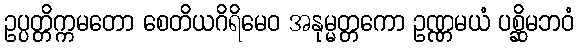
ဥပ္ပတ္တိက္ကမတော စေတိယဂိရိမေဝ အနုမ္မတ္တကော ဥဏ္ဏမယံ ပစ္ဆိမဘဝံ